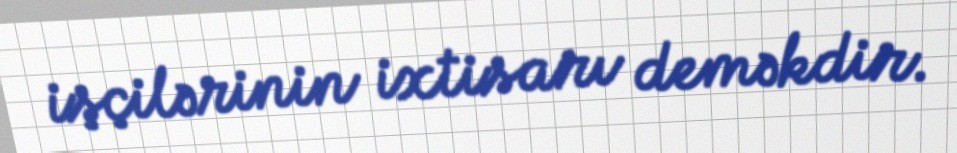
işçilərinin ixtisarı deməkdir.